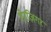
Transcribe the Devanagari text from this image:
शेरज़िगर